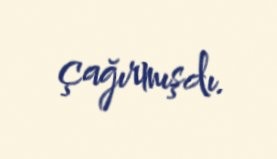
çağırmışdı.